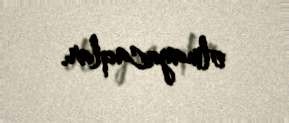
olmayacaqlar.